Mental hospitals Bombay report 1921-28 - 1921-1928
Year: 1921
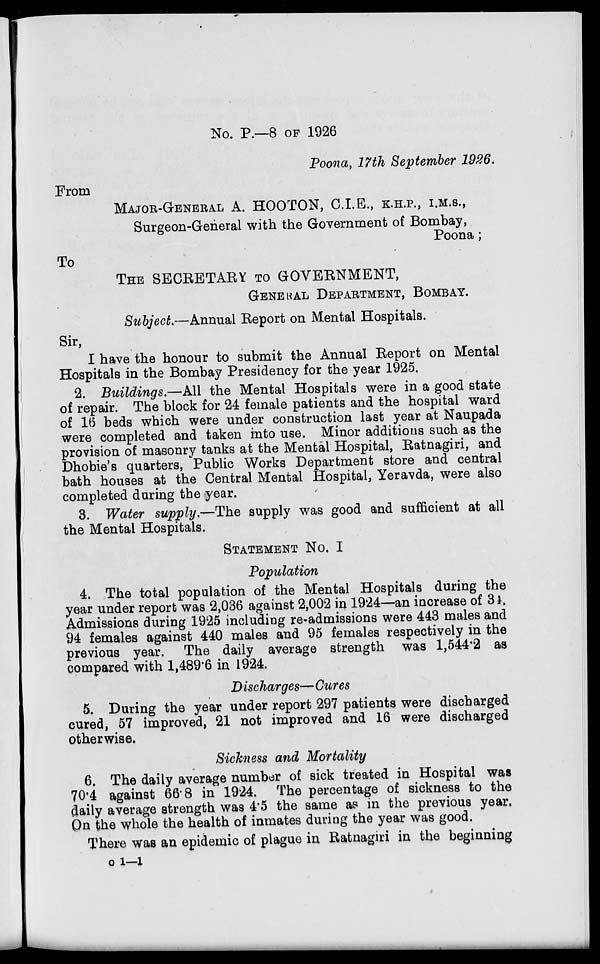
No. P.—8 OF 1926
Poona, 17th September 1926.
From
MAJOR-GENERAL A. HOOTON, C.I.E., K.H.P., I.M.S.,
Surgeon-General with the Government of Bombay,
Poona;
To
THE SECRETARY TO GOVERNMENT,
GENERAL DEPARTMENT, BOMBAY.
Subject.—Annual Report on Mental Hospitals.
Sir,
I have the honour to submit the Annual Report on Mental
Hospitals in the Bombay Presidency for the year 1925.
2. Buildings.—All the Mental Hospitals were in a good state
of repair. The block for 24 female patients and the hospital ward
of 16 beds which were under construction last year at Naupada
were completed and taken into use. Minor additions such as the
provision of masonry tanks at the Mental Hospital, Ratnagiri, and
Dhobie's quarters, Public Works Department store and central
bath houses at the Central Mental Hospital, Yeravda, were also
completed during the year.
3. Water supply.—The supply was good and sufficient at all
the Mental Hospitals.
STATEMENT No. I
Population
4. The total population of the Mental Hospitals during the
year under report was 2,036 against 2,002 in 1924—an increase of 34.
Admissions during 1925 including re-admissions were 443 males and
94 females against 440 males and 95 females respectively in the
previous year. The daily average strength was 1,544.2 as
compared with 1,489.6 in 1924.
Discharges— Cures
5. During the year under report 297 patients were discharged
cured, 57 improved, 21 not improved and 16 were discharged
otherwise.
Sickness and Mortality
6. The daily average number of sick treated in Hospital was
70.4 against 66.8 in 1924. The percentage of sickness to the
daily average strength was 4.5 the same as in the previous year.
On the whole the health of inmates during the year was good.
There was an epidemic of plague in Ratnagiri in the beginning
o 1—1